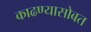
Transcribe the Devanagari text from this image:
काढण्यासोबत